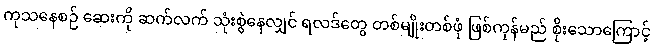
ကုသနေစဉ် ဆေးကို ဆက်လက် သုံးစွဲနေလျှင် ရလဒ်တွေ တစ်မျိုးတစ်ဖုံ ဖြစ်ကုန်မည် စိုးသောကြောင့်